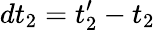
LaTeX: dt_{2}=t_{2}^{\prime}-t_{2}